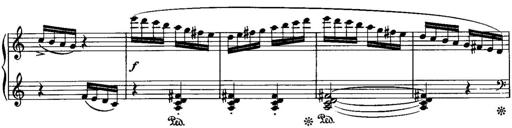
Title: Piano Sonatina No.1, Op.146
Composer: Stephen Heller